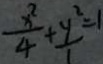
\frac { x ^ { 2 } } { 4 } + \frac { y ^ { 2 } } { 1 } = 1